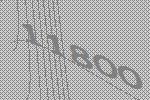
11800